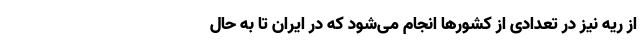
از ریه نیز در تعدادی از کشورها انجام می‌شود که در ایران تا به حال